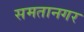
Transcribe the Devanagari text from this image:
समतानगर